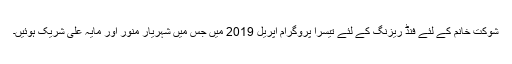
شوکت خانم کے لئے فنڈ ریزنگ کے لئے تیسرا پروگرام اپریل 2019 میں جس میں شہریار منور اور مایہ علی شریک ہوئیں۔